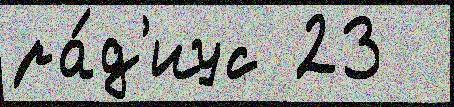
ра́д'иус 23